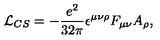
{ \cal L } _ { C S } = - \frac { e ^ { 2 } } { 3 2 \pi } \epsilon ^ { \mu \nu \rho } F _ { \mu \nu } A _ { \rho } ,